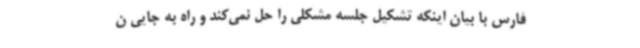
فارس با بیان اینکه تشکیل جلسه مشکلی را حل نمی‌کند و راه به جایی ن